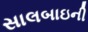
સાલબાઇની